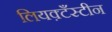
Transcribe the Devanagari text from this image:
लियक़्टँस्टीन